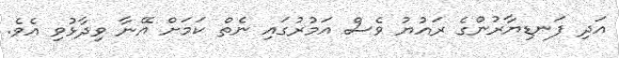
އަދި ފަނޑިޔާރުންގެ ރައުޔު ވެސް އަމުރުގައި ނެތް ކަމަށް އޭނާ ވިދާޅުވި އެވެ.